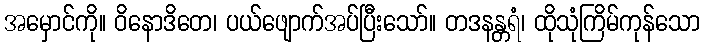
အမှောင်ကို။ ဝိနောဒိတေ၊ ပယ်ဖျောက်အပ်ပြီးသော်။ တဒနန္တရံ၊ ထိုသုံကြိမ်ကုန်သော